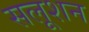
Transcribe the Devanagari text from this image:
सलूशन